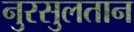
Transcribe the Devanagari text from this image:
नुरसुलतान